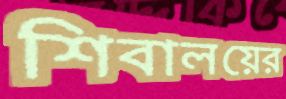
শিবালয়ের